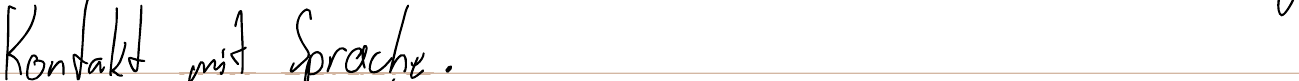
Kontakt mit Sprache.